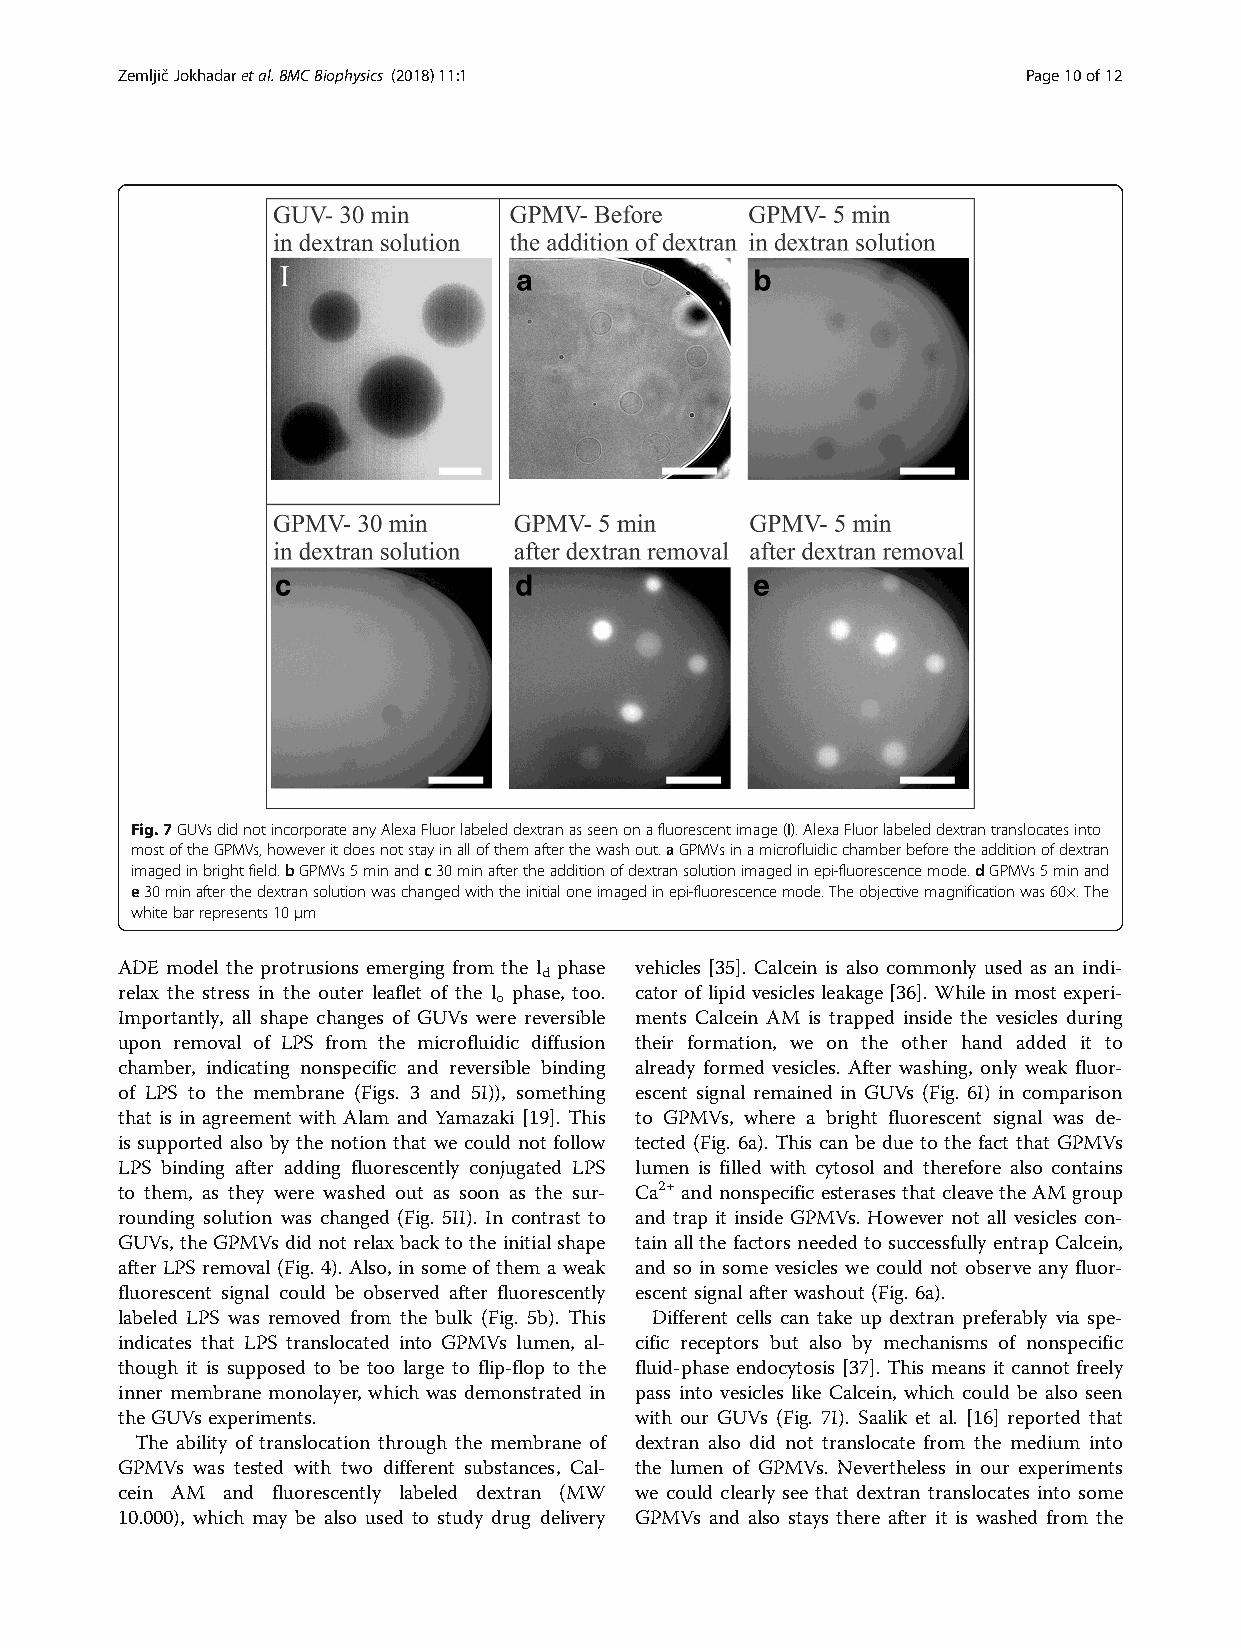
ZemljičJokhadaretal.BMCBiophysics (2018) 11:1               Page10of12
 Fig.7GUVsdidnotincorporateanyAlexaFluorlabeleddextranasseenonafluorescentimage(I).AlexaFluorlabeleddextrantranslocatesinto
 mostoftheGPMVs,howeveritdoesnotstayinallofthemafterthewashout.aGPMVsinamicrofluidicchamberbeforetheadditionofdextran
 imagedinbrightfield.bGPMVs5minandc30minaftertheadditionofdextransolutionimagedinepi-fluorescencemode.dGPMVs5minand
 e30minafterthedextransolutionwaschangedwiththeinitialoneimagedinepi-fluorescencemode.Theobjectivemagnificationwas60×.The
 whitebarrepresents10μm
 ADE model the protrusions emerging from the l phase vehicles [35]. Calcein is also commonly used as an indi-
 d
 relax the stress in the outer leaflet of the l phase, too. cator of lipid vesicles leakage [36]. While in most experi-
 o
 Importantly, all shape changes of GUVs were reversible ments Calcein AM is trapped inside the vesicles during
 upon removal of LPS from the microfluidic diffusion their formation, we on the other hand added it to
 chamber, indicating nonspecific and reversible binding already formed vesicles. After washing, only weak fluor-
 of LPS to the membrane (Figs. 3 and 5I)), something escent signal remained in GUVs (Fig. 6I) in comparison
 that is in agreement with Alam and Yamazaki [19]. This to GPMVs, where a bright fluorescent signal was de-
 is supported also by the notion that we could not follow tected (Fig. 6a). This can be due to the fact that GPMVs
 LPS binding after adding fluorescently conjugated LPS lumen is filled with cytosol and therefore also contains
 to them, as they were washed out as soon as the sur- Ca2+ and nonspecific esterases that cleavethe AMgroup
 rounding solution was changed (Fig. 5II). In contrast to and trap it inside GPMVs. However not all vesicles con-
 GUVs,the GPMVsdidnot relax back tothe initialshape tain all the factors needed to successfully entrap Calcein,
 after LPS removal (Fig. 4). Also, in some of them a weak and so in some vesicles we could not observe any fluor-
 fluorescent signal could be observed after fluorescently escent signal afterwashout(Fig.6a).
 labeled LPS was removed from the bulk (Fig. 5b). This Different cells can take up dextran preferably via spe-
 indicates that LPS translocated into GPMVs lumen, al- cific receptors but also by mechanisms of nonspecific
 though it is supposed to be too large to flip-flop to the fluid-phase endocytosis [37]. This means it cannot freely
 inner membrane monolayer, which was demonstrated in pass into vesicles like Calcein, which could be also seen
 theGUVsexperiments.               with our GUVs (Fig. 7I). Saalik et al. [16] reported that
 The ability of translocation through the membrane of dextran also did not translocate from the medium into
 GPMVs was tested with two different substances, Cal- the lumen of GPMVs. Nevertheless in our experiments
 cein AM and fluorescently labeled dextran (MW we could clearly see that dextran translocates into some
 10.000), which may be also used to study drug delivery GPMVs and also stays there after it is washed from the